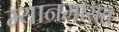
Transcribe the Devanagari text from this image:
म्यानमारात